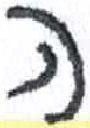
אות: ו